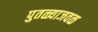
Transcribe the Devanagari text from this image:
पुतळ्याजवळ